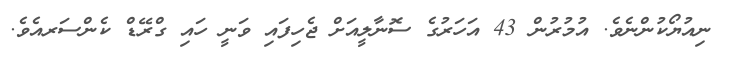
ނިއުޔޯކުންނެވެ. އުމުރުން 43 އަހަރުގެ ސޮނާލީއަށް ޖެހިފައި ވަނީ ހައި ގްރޭޑް ކެންސަރއެވެ.